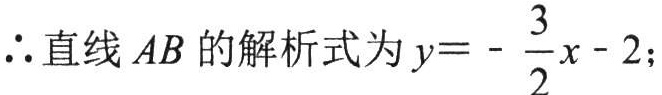
$\therefore$直线$AB$的解析式为$y = -\dfrac{3}{2}x - 2$；